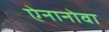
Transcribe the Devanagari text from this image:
ऐनानोवा